Leaving Certificate, 1901
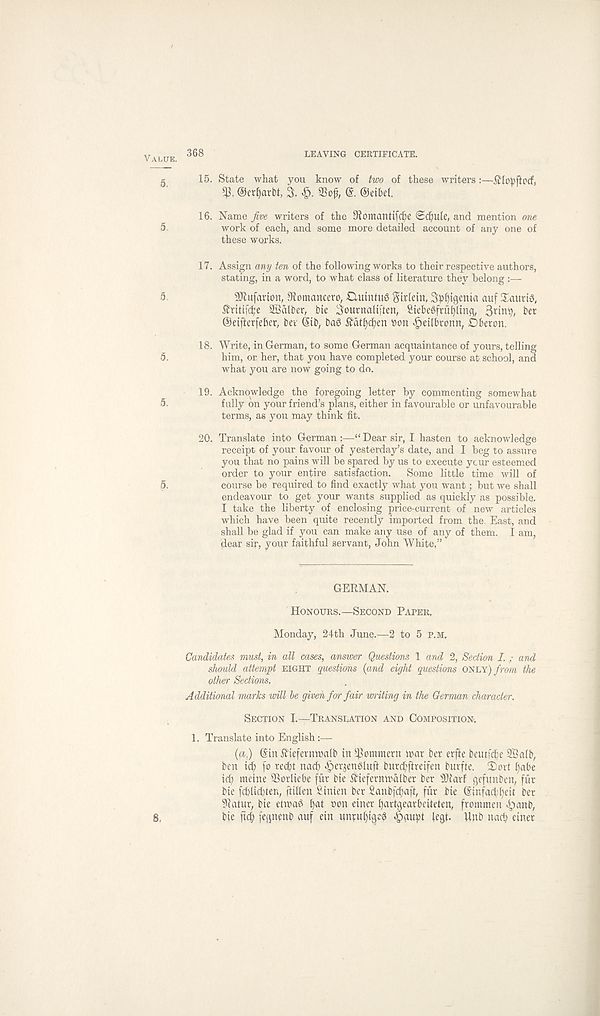
Value. 368
LEAVING CERTIFICATE.
5.
5.
15. State what you know of two of these writers:—Slopfterf,
©erljarbt, 3. 9Sof, ©eibef.
16. Name five writers of the 9?omantifcf)e <5Collie, and mention one
work of each, and some more detailed account of any one of
these works.
5
5.
5.
5.
17. Assign any ten of the following works to their respective authors,
stating, in a word, to what class of literature they belong :—
SJtufarton, 9iomancero, ClmntuS gtrletn, 3pf)igcnia auf Saurte,
£ritifd;e 2Salber, bte 3ournaliften, SiebeSfn' i^Ung,
bet
©eifterfeher, bet ©ib, bag ^atfydjen Don ^eilbtonn, Dberon.
18. Write, in German, to some German acquaintance of yours, telling
him, or her, that you have completed your course at school, and
what you are now going to do.
19. Acknowledge the foregoing letter by commenting somewhat
fully on your friend’s plans, either in favourable or unfavourable
terms, as you may think fit.
20. Translate into German:—“Dear sir, I hasten to acknowledge
receipt of your favour of yesterday’s date, and I beg to assure
you that no pains will be spared by us to execute ycur esteemed
order to your entire satisfaction. Some little time will of
course be required to find exactly what you want; but we shall
endeavour to get your wants supplied as quickly as possible.
I take the liberty of enclosing price-current of new articles
which have been quite recently imported from the. East, and
shall be glad if you can make any use of any of them. I am,
dear sir, your faithful servant, John White,”
GERMAN.
Honours.—Second Paper,
Monday, 24th June.—2 to 5 p.m,
Candidates must, in all cases, answer Questions 1 and 2, Section I. ; and
should attempt eight questions (and eight questions ONLY) from the
other Sections.
Additional marks will be given for fair miting in the German character.
Section L—Translation and Composition,
1. Translate into English :—
(a.) ©in SHefernmalb in Comment mar ber erfte beutfdjie 2Balb,
ben id) fo recfh nacfy ^erjengluff burdtftreifen buvfte. 2)ovt J)abe
id? meine Sorliebe fur bie ifiefermralber ber s 3)larf gefunben, fur
bie fd?lid?ten, ftihen Sinien ber Sanbfdfaft, fur bie ©infad^eit ber
9?atur, bie etwad f)at Don einer fyartgearbeiteten, frontmen >banb,
bie fief) fegnenb auf ein unrufjigeg ^gupt legf. Uub nacp einer
8.